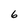
Character: 6